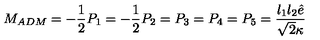
M _ { A D M } = - \frac 1 2 P _ { 1 } = - \frac 1 2 P _ { 2 } = P _ { 3 } = P _ { 4 } = P _ { 5 } = \frac { l _ { 1 } l _ { 2 } \hat { e } } { \sqrt { 2 } \kappa }